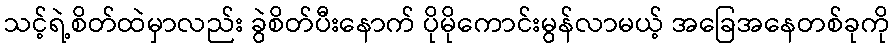
သင့်ရဲ့စိတ်ထဲမှာလည်း ခွဲစိတ်ပီးနောက် ပိုမိုကောင်းမွန်လာမယ့် အခြေအနေတစ်ခုကို